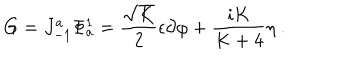
G = J _ { - 1 } ^ { a } \Phi _ { a } ^ { 1 } = { \frac { \sqrt { K } } { 2 } } \epsilon \partial \varphi + { \frac { i K } { K + 4 } } \eta { } ~ .